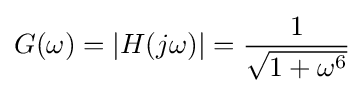
G(\omega )=|H(j\omega )|={\frac {1}{\sqrt {1+\omega ^{6}}}}